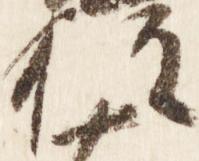
権